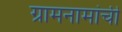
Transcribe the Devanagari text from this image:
ग्रामनामांची